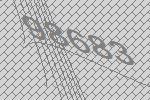
98683